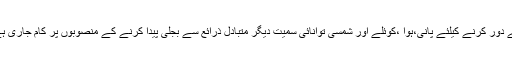
انہوں نے بتایا کہ پانچ ہزار میگاواٹ بجلی کی کمی کا سامنا ہے جسے دور کرنے کیلئے پانی،ہوا ،کوئلے اور شمسی توانائی سمیت دیگر متبادل ذرائع سے بجلی پیدا کرنے کے منصوبوں پر کام جاری ہے او رانکی مرحلہ وار تکمیل سے اس بحران پر بھی قابو پا لیں گے ۔